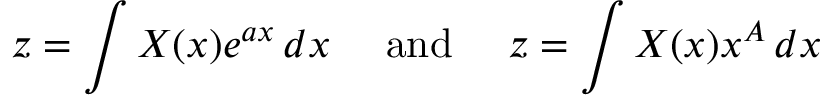
z = \int X ( x ) e ^ { a x } \, d x \quad { \mathrm { ~ a n d ~ } } \quad z = \int X ( x ) x ^ { A } \, d x